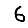
Digit: 6